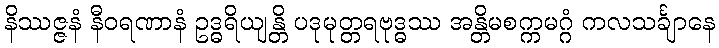
နိဿဇ္ဇနံ နီဝရဏာနံ ဥဒ္ဓရိယျန္တိ ပဒုမုတ္တရဗုဒ္ဓဿ အန္တိမစက္ကမဂ္ဂံ ကလသင်္ချာနေ